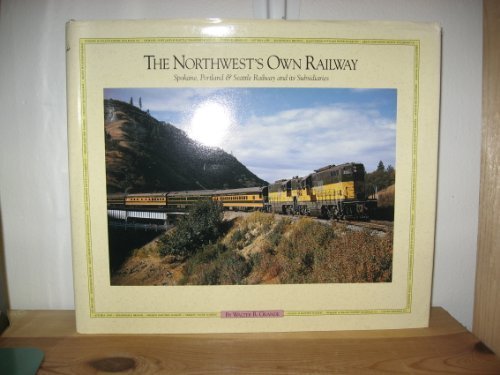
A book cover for The Northwest's Own Railway, Spokane Portland & Seattle, Vol. 2: The Subsidiaries; Walter R. Grande; Travel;